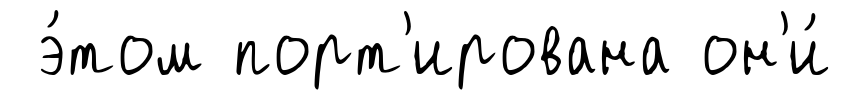
э́том порт'ирована он'и́